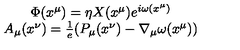
\begin{array} { c } { \Phi ( x ^ { \mu } ) = \eta X ( x ^ { \mu } ) e ^ { i \omega ( x ^ { \mu } ) } } \\ { A _ { \mu } ( x ^ { \nu } ) = \frac { 1 } { e } ( P _ { \mu } ( x ^ { \nu } ) - \nabla _ { \mu } \omega ( x ^ { \mu } ) ) } \\ \end{array}